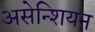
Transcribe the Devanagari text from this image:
असेन्शियन